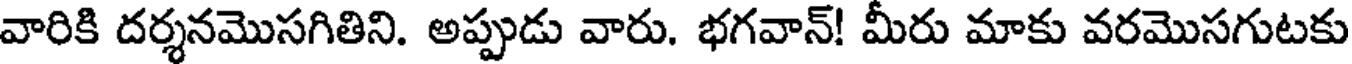
వారికి దర్శనమొసగితిని. అప్పుడు వారు. భగవాన్! మీరు మాకు వరమొసగుటకు